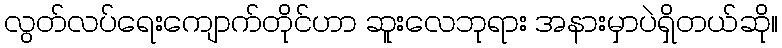
လွတ်လပ်ရေးကျောက်တိုင်ဟာ ဆူးလေဘုရား အနားမှာပဲရှိတယ်ဆို။